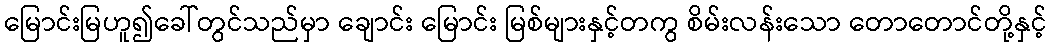
မြောင်းမြဟူ၍ခေါ်တွင်သည်မှာ ချောင်း မြောင်း မြစ်များနှင့်တကွ စိမ်းလန်းသော တောတောင်တို့နှင့်